Scientific memoirs by medical officers of the Army of India - Part V,
Year: 1890
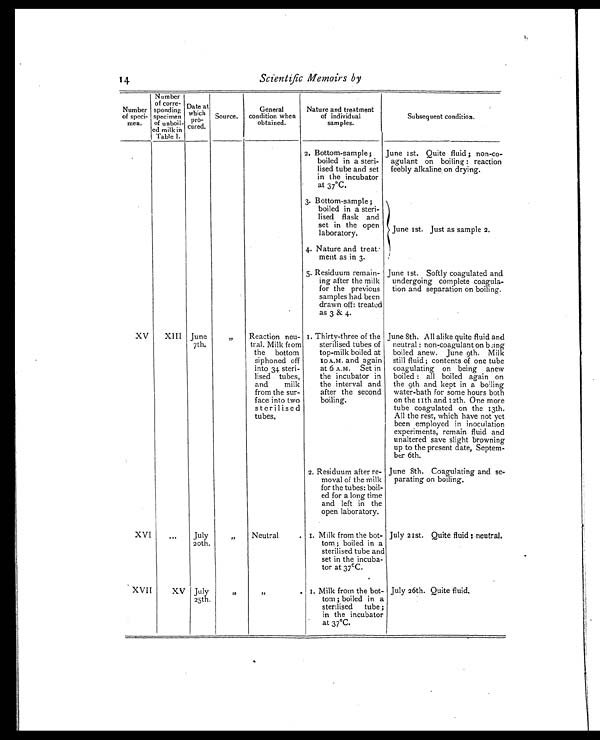
Scientific Memoirs by
Number
of speci-
men,
Number
of corre-
sponding
s p e c i m e n o f u n b o i l -
e d m i l k i n
Table I.
Date at
which
pro
cured.
Source.
General
condition when
obtained.
Nature and treatment
of individual
samples.
Subsequent condition.
2. Bottom-sample ;
boiled in a steri-
lised tube and set
in the incubator
at 37°C.
June 1st. Quite fluid ; non-co-
agulant on boiling : reaction
feebly alkaline on drying.
3. Bottom-sample;
boiled in a steri-
lised flask and
set in the open
laboratory.
June 1st. Just as sample 2.
4. Nature and treat-
ment as in 3.
5. Residuum remain-
ing after the milk
for the previous
samples had been
drawn off: treated
as 3 & 4.
June 1st. Softly coagulated and
undergoing complete coagula-
tion and separation on boiling.
XV
XIII June
7th.
Reaction neu-
tral. Milk from
the bottom
siphoned off
into 34 steri-
lised tubes,
and milk
from the sur-
face into two
sterilised
tubes.
1. Thirty-three of the
sterilised tubes of
top-milk boiled at
10 A.M. and again
at 6 A.M. Set in
the incubator in
the interval and
after the second
boiling.
June 8th. All alike quite fluid and
neutral : non-coagulant on being
boiled anew. June 9th. Milk
still fluid ; contents of one tube
coagulating on being anew
boiled : all boiled again on
the 9th and kept in a boiling
water-bath for some hours both
on the 11th and 12th. One more
tube coagulated on the 13th.
All the rest, which have not yet
been employed in inoculation
experiments, remain fluid and
unaltered save slight browning
up to the present date, Septem-
ber 6th.
2. Residuum after re-
moval of the milk
for the tubes: boil-
ed for a long time
and left in the
open laboratory.
June 8th. Coagulating and se-
parating on boiling.
XVI
. . .
July
20th.
, ,
Neutral
. I. Milk from the bot-
tom ; boiled in a
sterilised tube and
set in the incuba-
tor at 37ºC.
July 21st. Quite fluid : neutral.
XVII
XV July
25th.
, ,
,,
.
1. Milk from the bot-
tom ; boiled in a
sterilised tube ;
in the incubator
at 37°C.
July 26th. Quite fluid.